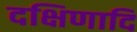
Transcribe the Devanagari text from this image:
दक्षिणादि